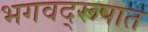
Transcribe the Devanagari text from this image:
भगवद्‌रूपात